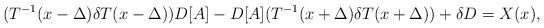
LaTeX: \begin{align*}(T^{-1}(x-\Delta)\delta T(x-\Delta))D[A]-D[A](T^{-1}(x+\Delta)\delta T(x+\Delta))+\delta D=X(x),\end{align*}